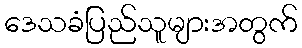
ဒေသခံပြည်သူများအတွက်